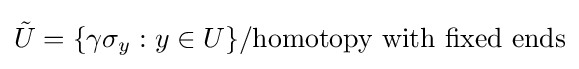
{\tilde {U}}=\{\gamma \sigma _{y}:y\in U\}/{\text{homotopy with fixed ends}}